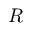
R